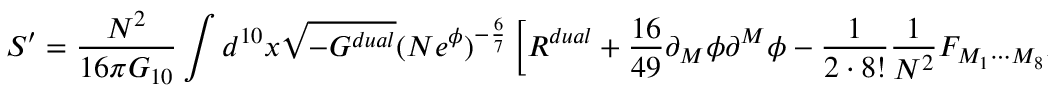
S ^ { \prime } = { \frac { N ^ { 2 } } { 1 6 \pi G _ { 1 0 } } } \int d ^ { 1 0 } x \sqrt { - G ^ { d u a l } } ( N e ^ { \phi } ) ^ { - { \frac { 6 } { 7 } } } \left[ { \cal R } ^ { d u a l } + { \frac { 1 6 } { 4 9 } } \partial _ { M } \phi \partial ^ { M } \phi - { \frac { 1 } { 2 \cdot 8 ! } } { \frac { 1 } { N ^ { 2 } } } F _ { M _ { 1 } \cdots M _ { 8 } } F ^ { M _ { 1 } \cdots M _ { 8 } } \right] .